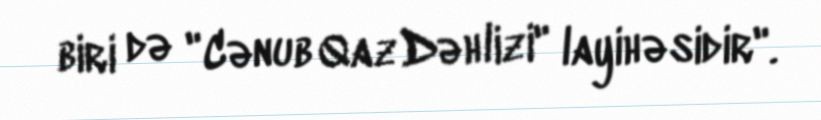
biri də "Cənub Qaz Dəhlizi" layihəsidir".